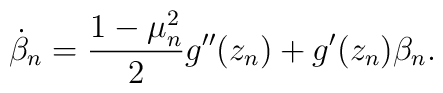
\dot \beta_n = \frac{1-\mu^2_n}{2}g''(z_n)+g'(z_n)\beta_n.